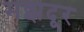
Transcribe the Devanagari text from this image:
मझदूर